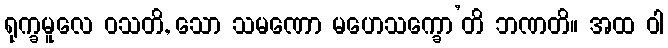
ရုက္ခမူလေ ဝသတိ, သော သမဏော မဟေသက္ခော’တိ ဘဏတိ။ အထ ဝါ